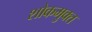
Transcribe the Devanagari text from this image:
शोकमुक्त